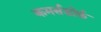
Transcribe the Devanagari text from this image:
कमर्सडोर्फ़